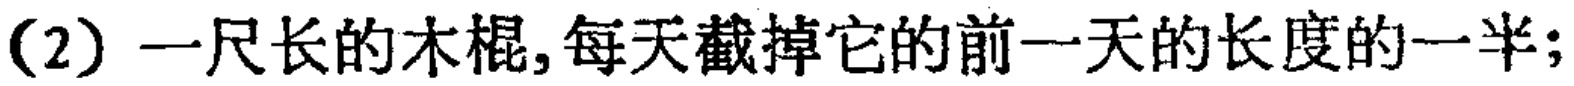
(2) 一尺长的木棍,每天截掉它的前一天的长度的一半;